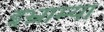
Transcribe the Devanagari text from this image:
इभ्राम्या